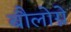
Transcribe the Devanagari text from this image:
बौलोग्ने